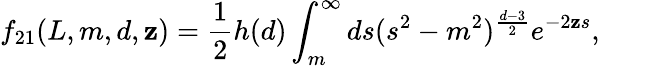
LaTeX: f_{21}(L,m,d,\mathbf{z})=\frac{{1}}{{2}}h(d)\int_{m}^{\infty}ds(s^{2}-m^{2})^{\frac{{d-3}}{{2}}}e^{-2\mathbf{z}s},\qquad